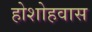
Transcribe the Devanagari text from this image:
होशोहवास